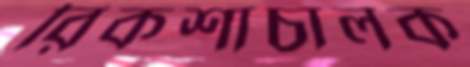
রিকশাচালক